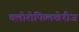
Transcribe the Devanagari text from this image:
क्लोरोफिलखेरीज